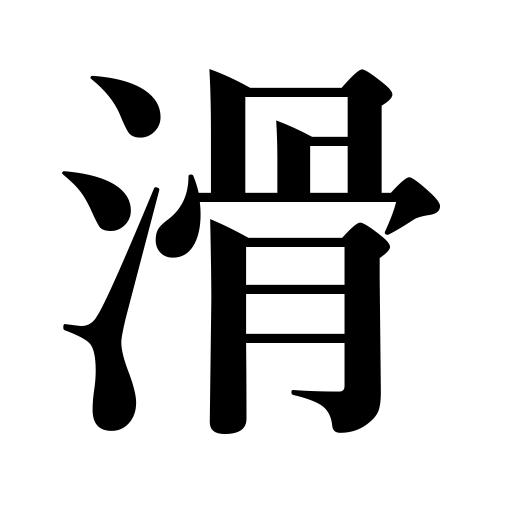
Meanings: be slippery,glide,skate,slide,smooth,fail in exams,slip